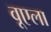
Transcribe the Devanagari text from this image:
वूएला